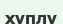
хуплу